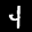
Label: 4